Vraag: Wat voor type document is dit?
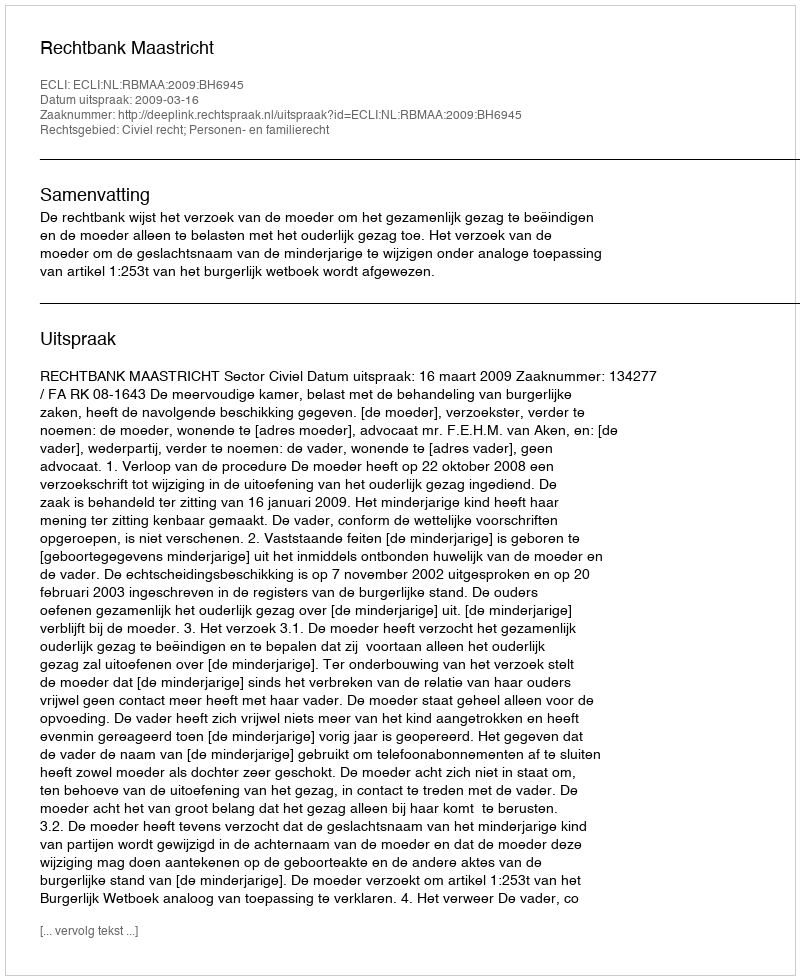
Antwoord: Uitspraak